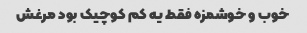
خوب و خوشمزه فقط یه کم کوچیک بود مرغش